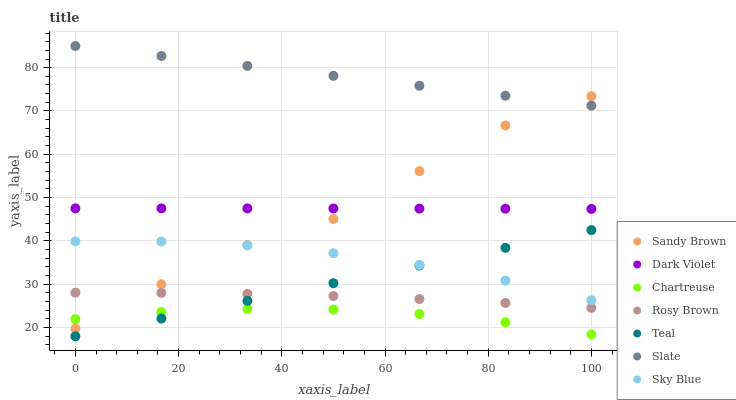
| xaxis_label | Sandy Brown | Dark Violet | Chartreuse | Rosy Brown | Teal | Slate | Sky Blue |
 | --- | --- | --- | --- | --- | --- | --- | --- |
 | 0 | 19.8 | 47.5 | 22 | 28.1 | 18 | 85 | 39.9 |
 | 16.7 | 30 | 47.5 | 23.6 | 28 | 22.1 | 82.7 | 39.9 |
 | 33.3 | 39.1 | 47.5 | 24.3 | 27.8 | 26.2 | 80.4 | 39 |
 | 50 | 45.1 | 47.5 | 24.2 | 27.3 | 30.3 | 78.1 | 37.2 |
 | 66.7 | 56.1 | 47.5 | 23.1 | 26.6 | 34.3 | 75.8 | 34.5 |
 | 83.3 | 66.7 | 47.4 | 21.2 | 25.7 | 38.4 | 73.5 | 30.8 |
 | 100 | 73.4 | 47.4 | 18.4 | 24.5 | 42.5 | 71.2 | 26.3 |